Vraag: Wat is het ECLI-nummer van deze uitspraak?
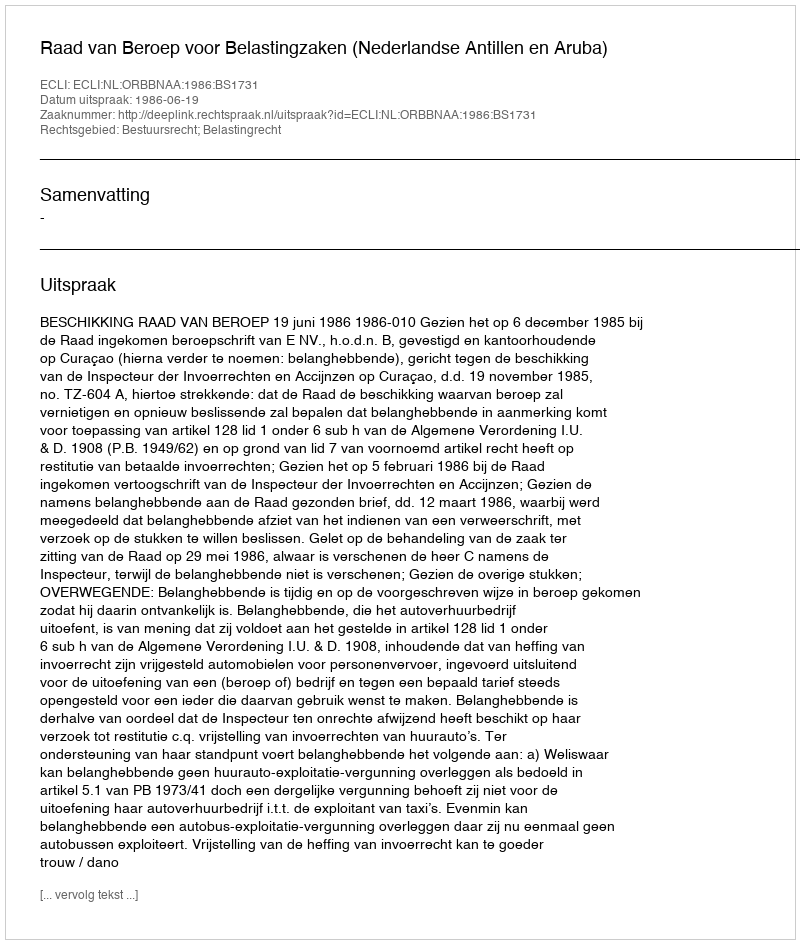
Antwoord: ECLI:NL:ORBBNAA:1986:BS1731